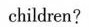
children?